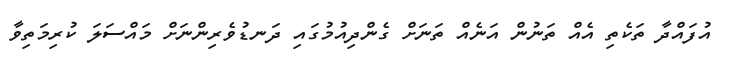
އުފައްދާ ތަކެތި އެއް ތަނުން އަނެއް ތަނަށް ގެންދިއުމުގައި ދަނޑުވެރިންނަށް މައްސަލަ ކުރިމަތިވާ